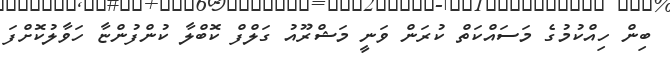
ބިން ހިއްކުމުގެ މަސައްކަތް ކުރަން ވަނީ މަޝްރޫއު ގަލްފް ކޮބްލާ ކުންފުންޏާ ހަވާލުކޮށްފަ